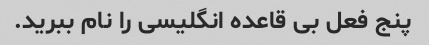
پنج فعل بی قاعده انگلیسی را نام ببرید.